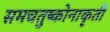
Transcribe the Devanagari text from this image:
समचतुष्कोनाकृती